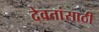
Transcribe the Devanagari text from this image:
देवतांसाठी